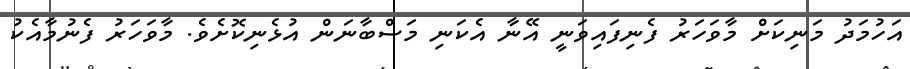
އަހުމަދު މަނިކަށް މާވަހަރު ފެނިފައިވަނީ އޭނާ އެކަނި މަސްބާނަން އުޅެނިކޮށެވެ. މާވަހަރު ފެނުމާއެކު